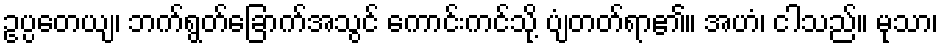
ဥပ္ပတေယျ၊ ဘက်ရွတ်ခြောက်အသွင် ကောင်းကင်သို့ ပျံတတ်ရာ၏။ အဟံ၊ ငါသည်။ မုသာ၊